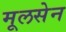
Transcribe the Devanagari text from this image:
मूलसेन